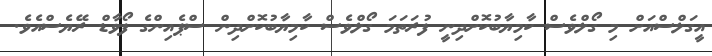
އީގަލްސްއަށް މި ގޯލްވެސް ކާމިޔާބުކޮށްދިނީ ފުރަތަމަ ގޯލްވެސް ކާމިޔާބުކޮށްދިން ސްޕެއިންގެ ފޯވާޑް ރޭޔެސްއެވެ.